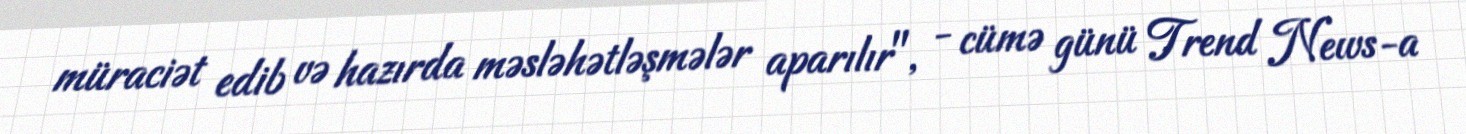
müraciət edib və hazırda məsləhətləşmələr aparılır", - cümə günü Trend News-a